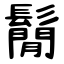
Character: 鬜